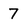
Character: 7